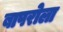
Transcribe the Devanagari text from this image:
बापरोला